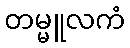
တမ္မူလကံ